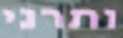
ותרני